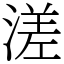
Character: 溠